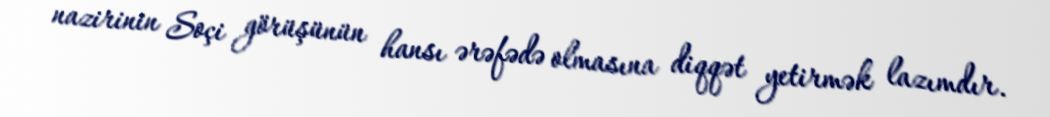
nazirinin Soçi görüşünün hansı ərəfədə olmasına diqqət yetirmək lazımdır.